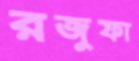
রজুফা